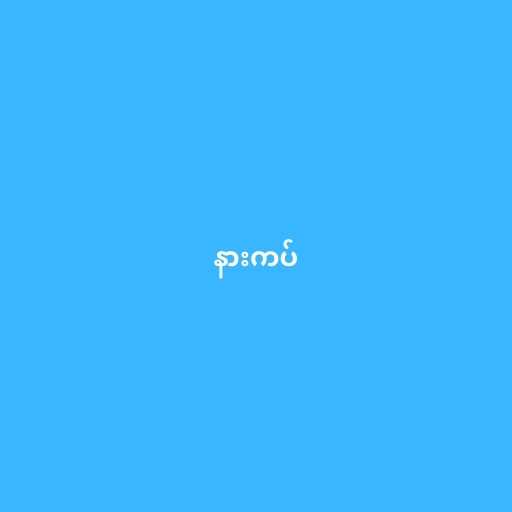
နားကပ်